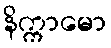
နိက္ကာမော